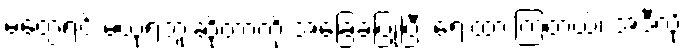
မတွေ့ရင် မယုံရဘူးဆိုတာကို အခြေခံပြုပြီး ရေးထားကြတယ်၊ အဲဒီလို